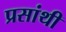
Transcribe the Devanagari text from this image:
प्रसांथी